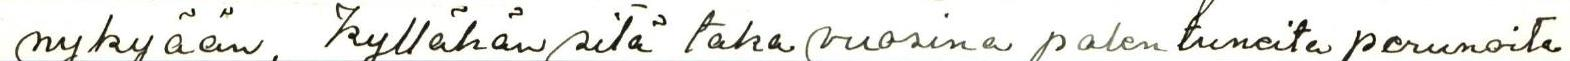
nykyään, kyllähän sitä taka vuosina palentuneita perunaoita